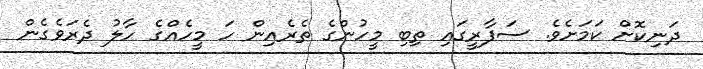
ދަނިކޮށް ކަމަށެވެ. ސަފާރީގައި ތިބި މީހުންގެ ތެރެއިން ހަ މީހެއްގެ ހާލު ދެރަވެގެން